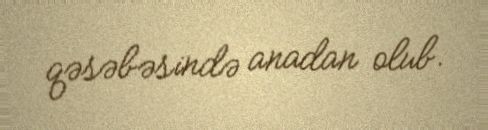
qəsəbəsində anadan olub.